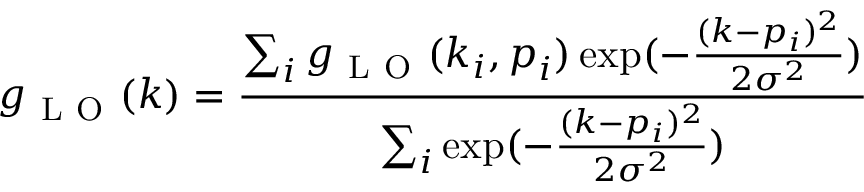
g _ { \mathrm { ~ L ~ O ~ } } ( k ) = \frac { \sum _ { i } g _ { \mathrm { ~ L ~ O ~ } } ( \boldsymbol { k } _ { i } , \boldsymbol { p } _ { i } ) \exp ( - \frac { ( k - p _ { i } ) ^ { 2 } } { 2 \sigma ^ { 2 } } { } ) } { \sum _ { i } \exp ( - \frac { ( k - p _ { i } ) ^ { 2 } } { 2 \sigma ^ { 2 } } { } ) }